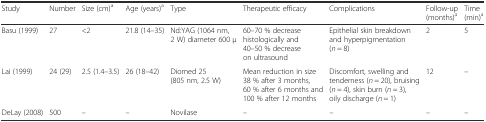
<table><thead><tr><td><b>Study</b></td><td><b>Number</b></td><td><b>Size (cm)<sup>a</sup></b></td><td><b>Age (years)<sup>a</sup></b></td><td><b>Type</b></td><td><b>Therapeutic efficacy</b></td><td><b>Complications</b></td><td><b>Follow-up (months)<sup>a</sup></b></td><td><b>Time (min)<sup>a</sup></b></td></tr></thead><tbody><tr><td>Basu (1999)</td><td>27</td><td>&lt;2</td><td>21.8 (14–35)</td><td>Nd:YAG (1064 nm, 2 W) diameter 600 μ</td><td>60–70 % decrease histologically and 40–50 % decrease on ultrasound</td><td>Epithelial skin breakdown and hyperpigmentation (<i>n</i> = 8)</td><td>2</td><td>5</td></tr><tr><td>Lai (1999)</td><td>24 (29)</td><td>2.5 (1.4–3.5)</td><td>26 (18–42)</td><td>Diomed 25 (805 nm, 2.5 W)</td><td>Mean reduction in size 38 % after 3 months, 60 % after 6 months and 100 % after 12 months</td><td>Discomfort, swelling and tenderness (<i>n</i> = 20), bruising (<i>n</i> = 4), skin burn (<i>n</i> = 3), oily discharge (<i>n</i> = 1)</td><td>12</td><td>–</td></tr><tr><td>DeLay (2008)</td><td>500</td><td>–</td><td>–</td><td>Novilase</td><td>–</td><td>–</td><td>–</td><td>–</td></tr></tbody></table>